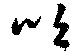
吹